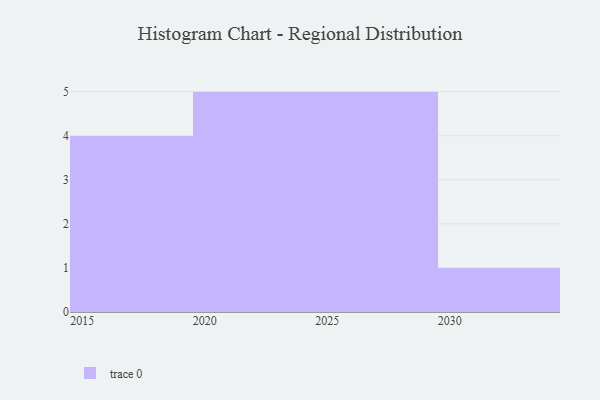
{"axis": {"x": "Year", "y": "Website Visitors"}, "legend": [""], "data": [{"x": "2029", "y": 10, "type": ""}, {"x": "2023", "y": 57, "type": ""}, {"x": "2030", "y": 37, "type": ""}, {"x": "2019", "y": 76, "type": ""}, {"x": "2022", "y": 36, "type": ""}, {"x": "2025", "y": 63, "type": ""}, {"x": "2016", "y": 26, "type": ""}, {"x": "2021", "y": 10, "type": ""}, {"x": "2020", "y": 29, "type": ""}, {"x": "2024", "y": 8, "type": ""}, {"x": "2026", "y": 54, "type": ""}, {"x": "2028", "y": 31, "type": ""}, {"x": "2017", "y": 83, "type": ""}, {"x": "2027", "y": 90, "type": ""}, {"x": "2018", "y": 36, "type": ""}]}